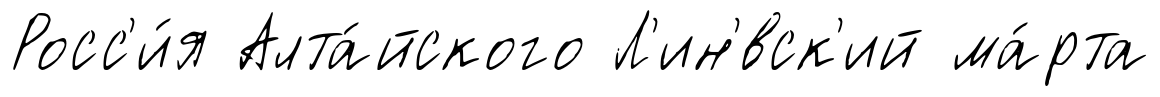
Росс'и́я Алта́йского Л'ин'́вск'ий ма́рта